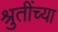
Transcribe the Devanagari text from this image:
श्रुतींच्या